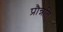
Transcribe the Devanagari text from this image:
प्रौन्नति